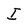
Character: I